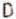
D